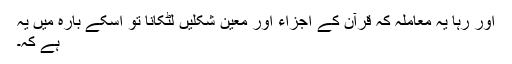
اور رہا یہ معاملہ کہ قرآن کے اجزاء اور معین شکلیں لٹکانا تو اسکے بارہ میں یہ
ہے کہ۔